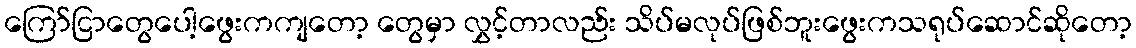
ကြော်ငြာတွေပေါ့ဖွေးကကျတော့ တွေမှာ လွှင့်တာလည်း သိပ်မလုပ်ဖြစ်ဘူးဖွေးကသရုပ်ဆောင်ဆိုတော့